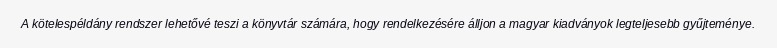
A kötelespéldány rendszer lehetővé teszi a könyvtár számára, hogy rendelkezésére álljon a magyar kiadványok legteljesebb gyűjteménye.